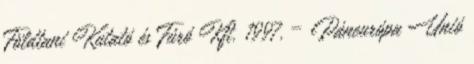
Földtani Kutató és Fúró Kft. 1997. – Páneurópa Unió